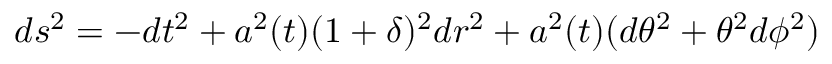
d s ^ { 2 } = - d t ^ { 2 } + a ^ { 2 } ( t ) ( 1 + \delta ) ^ { 2 } d r ^ { 2 } + a ^ { 2 } ( t ) ( d \theta ^ { 2 } + \theta ^ { 2 } d \phi ^ { 2 } )